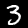
Digit: 3